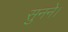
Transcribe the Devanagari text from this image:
सुनने।